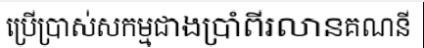
ប្រើប្រាស់សកម្មជាងប្រាំពីរលានគណនី